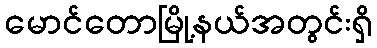
မောင်တောမြို့နယ်အတွင်းရှိ